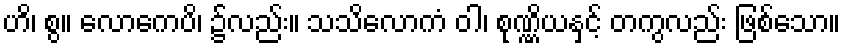
ဟိ၊ စွ။ လောကေပိ၊ ၌လည်း။ သသိလောကံ ဝါ၊ စုဏ္ဏိယနှင့် တကွလည်း ဖြစ်သော။